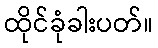
ထိုင်ခုံခါးပတ်။